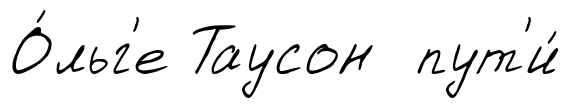
О́льг'е Таусон пут'и́